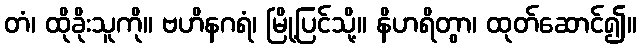
တံ၊ ထိုခိုးသူကို။ ဗဟိနဂရံ၊ မြို့ပြင်သို့။ နိဟရိတွာ၊ ထုတ်ဆောင်၍။